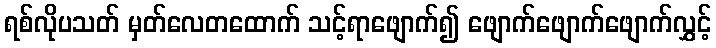
ရစ်လိုပသတ် မှတ်လေတထောက် သင့်ရာဖျောက်၍ ဖျောက်ဖျောက်ဖျောက်လွှင့်